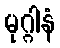
မုဂ္ဂါနံ